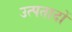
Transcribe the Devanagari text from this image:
उत्पतादों